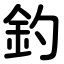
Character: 釣